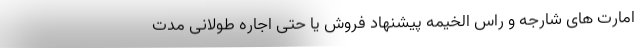
امارت های شارجه و راس الخیمه پیشنهاد فروش یا حتی اجاره طولانی مدت